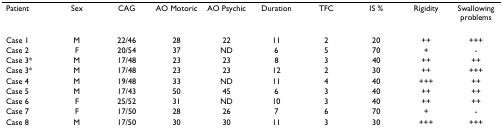
<table><thead><tr><td><b>Patient</b></td><td><b>Sex</b></td><td><b>CAG</b></td><td><b>AO Motoric</b></td><td><b>AO Psychic</b></td><td><b>Duration</b></td><td><b>TFC</b></td><td><b>IS %</b></td><td><b>Rigidity</b></td><td><b>Swallowing problems</b></td></tr></thead><tbody><tr><td>Case 1</td><td>M</td><td>22/46</td><td>28</td><td>22</td><td>11</td><td>2</td><td>20</td><td>++</td><td>+++</td></tr><tr><td>Case 2</td><td>F</td><td>20/54</td><td>37</td><td>ND</td><td>6</td><td>5</td><td>70</td><td>+</td><td>-</td></tr><tr><td>Case 3*</td><td>M</td><td>17/48</td><td>23</td><td>23</td><td>8</td><td>3</td><td>40</td><td>++</td><td>++</td></tr><tr><td>Case 3*</td><td>M</td><td>17/48</td><td>23</td><td>23</td><td>12</td><td>2</td><td>30</td><td>++</td><td>+++</td></tr><tr><td>Case 4</td><td>M</td><td>19/48</td><td>33</td><td>ND</td><td>11</td><td>4</td><td>40</td><td>+++</td><td>++</td></tr><tr><td>Case 5</td><td>M</td><td>17/43</td><td>50</td><td>45</td><td>6</td><td>3</td><td>40</td><td>++</td><td>++</td></tr><tr><td>Case 6</td><td>F</td><td>25/52</td><td>31</td><td>ND</td><td>10</td><td>3</td><td>40</td><td>++</td><td>++</td></tr><tr><td>Case 7</td><td>F</td><td>17/50</td><td>28</td><td>26</td><td>7</td><td>6</td><td>70</td><td>+</td><td>-</td></tr><tr><td>Case 8</td><td>M</td><td>17/50</td><td>30</td><td>30</td><td>11</td><td>3</td><td>30</td><td>+++</td><td>+++</td></tr></tbody></table>